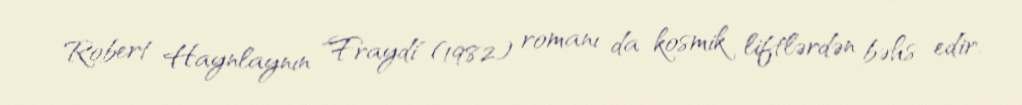
Robert Haynlaynın "Fraydi" (1982) romanı da kosmik liftlərdən bəhs edir.